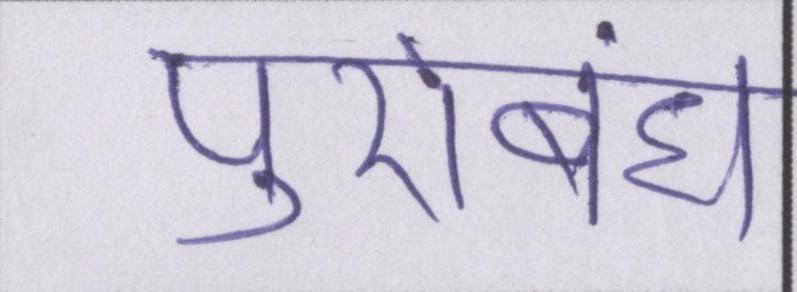
पुरोबंध